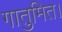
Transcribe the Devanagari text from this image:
गातुमित।